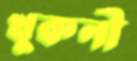
খুকনী